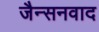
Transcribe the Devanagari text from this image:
जैन्सनवाद